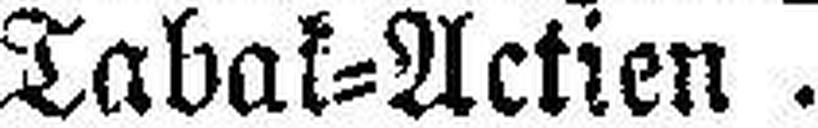
Tabak=Actien